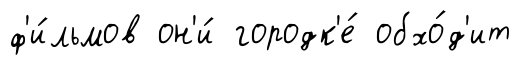
ф'и́льмов он'и́ городк'е́ обхо́д'ит